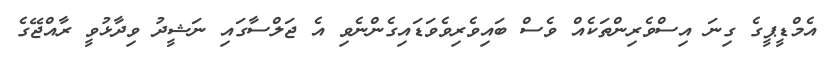
އެމްޑީޕީގެ ގިނަ އިސްވެރިންތަކެއް ވެސް ބައިވެރިވެވަޑައިގެންނެވި އެ ޖަލްސާގައި ނަޝީދު ވިދާޅުވީ ރާއްޖޭގެ